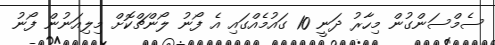
ސެމްސަންގުން މިހާރު ދަނީ 10 ގައުމެއްގައި އެ ފޯނު ލޯންޗްކޮށް މިލިއަނުން ފޯނު